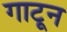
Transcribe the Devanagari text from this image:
गाटून